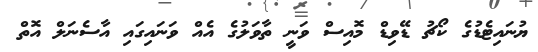
ޔުނައިޓެޑުގެ ކޯޗު ޑޭވިޑް މޮއިސް ވަނީ ތާވަލުގެ އެއް ވަނައިގައި އާސެނަލް އޮތް